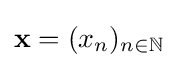
\mathbf {x} =(x_{n})_{n\in \mathbb {N} }